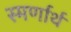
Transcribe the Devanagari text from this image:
स्मर्णार्थ